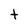
Character: t